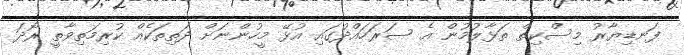
ފަނޑިޔާރު މިސްކިތް ތަޅާލުމުން އެ ސަރަހައްދުގައި އުޅޭ މީހުންނަށް ދަތިތަކެއް ކުރިމަތިވާތީ ރޯދަ